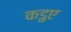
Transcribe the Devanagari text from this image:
कडुए